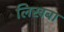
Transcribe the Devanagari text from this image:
लिखबा